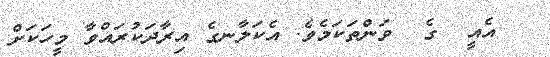
އެއީ  ގެ  ވަންތަކަމެވެ. އެކަލާނގެ އިރާދަކުރައްވާ މީހަކަށް